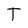
Character: T